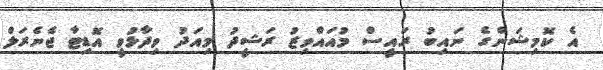
އެ ކޮމިޝަންގެ ނައިބު ރައީސް މުއައްވިޒު ރަޝީދު މިއަދު ވިދާޅުވީ އޮޑިޓާ ޖެނެރަލް